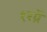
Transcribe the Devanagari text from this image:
१२ग्रॅ